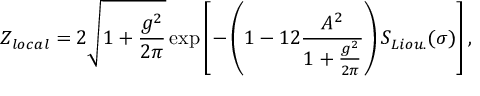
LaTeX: { \cal Z } _ { l o c a l } = 2 \sqrt { 1 + { \frac { g ^ { 2 } } { 2 \pi } } } \exp \left[ - \left( 1 - { 1 2 } { \frac { A ^ { 2 } } { 1 + { \frac { g ^ { 2 } } { 2 \pi } } } } \right) S _ { L i o u . } ( \sigma ) \right] ,